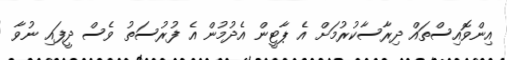
އިންވޮއިސްތައް ދިރާސާކުރުމަށް އެ ޕާޓީން އެދުމުން އެ ފުރުސަތު ވެސް ދީފައި ނުވާ